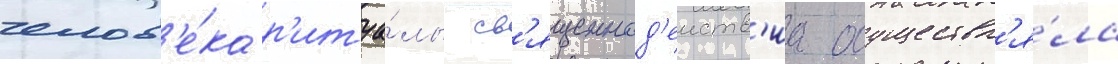
челов'е́ка р'итуа́лы св'ященнод'еиств'иа осуществл'я́ла